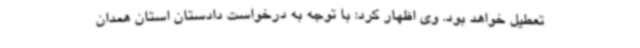
تعطیل خواهد بود. وی اظهار کرد: با توجه به درخواست دادستان استان همدان